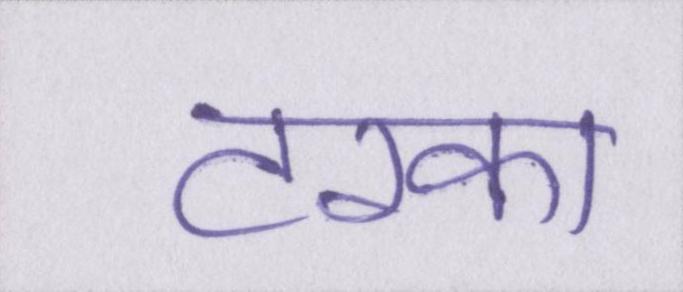
टरका